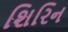
શિરિન